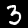
Label: 3